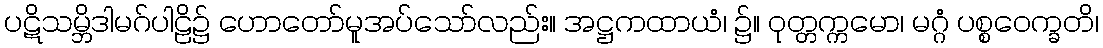
ပဋိသမ္ဘိဒါမဂ်ပါဠိ၌ ဟောတော်မူအပ်သော်လည်း။ အဋ္ဌကထာယံ၊ ၌။ ဝုတ္တက္ကမော၊ မဂ္ဂံ ပစ္စဝေက္ခတိ၊